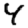
Digit: 4